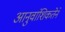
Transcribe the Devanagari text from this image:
आनुवांशिकतेने